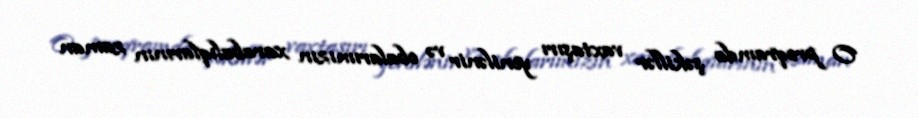
O proqramda şəkillər vaxtaşırı yenilənir və obalarımızın xarabalıqlarının zaman